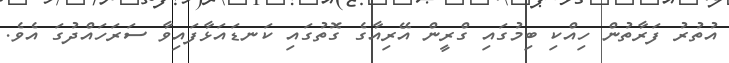
އުތުރު ފަރާތުން ހިއްކި ބިމުގައި ގްރީން އޭރިއާގެ ގޮތުގައި ކަނޑައަޅާފައިވާ ސަރަހައްދުގަ އެވެ.